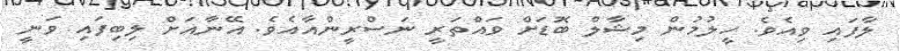
ލާފައި ވިއެވެ. ހީލުމުން މިޝާލް ބޮޑަށް ވައްތަރީ ނަސްރީންއާއެވެ. އޭނާއަށް ލިބިފައި ވަނީ